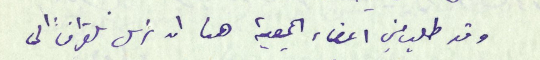
وقد طلب مني اعضاء الجمعية هنا ان نرسل تلغرافاً الى